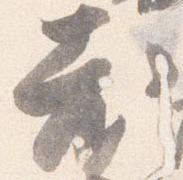
老